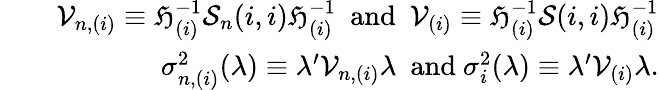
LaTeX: \begin{array}{rlr}&{}&{\mathcal{V}_{n,(i)}\equiv\mathfrak{H}_{(i)}^{-1}\mathcal{S}_{n}(i,i)\mathfrak{H}_{(i)}^{-1}\mathrm{~\ and~\ }\mathcal{V}_{(i)}\equiv\mathfrak{H}_{(i)}^{-1}\mathcal{S}(i,i)\mathfrak{H}_{(i)}^{-1}}\\ &{}&{\sigma_{n,(i)}^{2}(\lambda)\equiv\lambda^{\prime}\mathcal{V}_{n,(i)}\lambda\mathrm{~\ and~}\sigma_{i}^{2}(\lambda)\equiv\lambda^{\prime}\mathcal{V}_{(i)}\lambda.}\end{array}